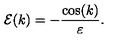
{ \cal E } ( k ) = - \frac { \cos ( k ) } { \varepsilon } .